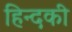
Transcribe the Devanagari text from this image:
हिन्दकी